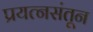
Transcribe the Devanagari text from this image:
प्रयत्‍नसंतून